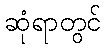
ဆုံရာတွင်